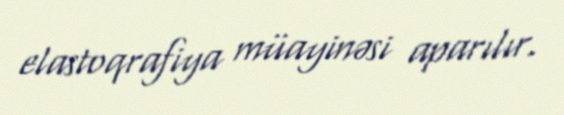
elastoqrafiya müayinəsi aparılır.